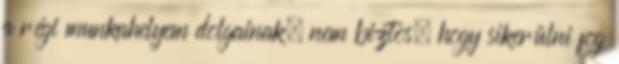
a régi munkahelyem dolgainak, nem biztos, hogy sikerülni fog